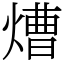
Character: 㷮